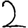
Digit: 2